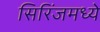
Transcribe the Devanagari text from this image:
सिरिंजमध्ये